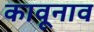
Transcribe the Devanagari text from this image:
कावूनाव